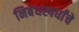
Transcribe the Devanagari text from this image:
निबंधस्पर्धांचे